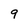
Character: 9